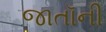
જાતૉની